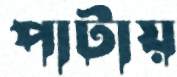
পাটায়